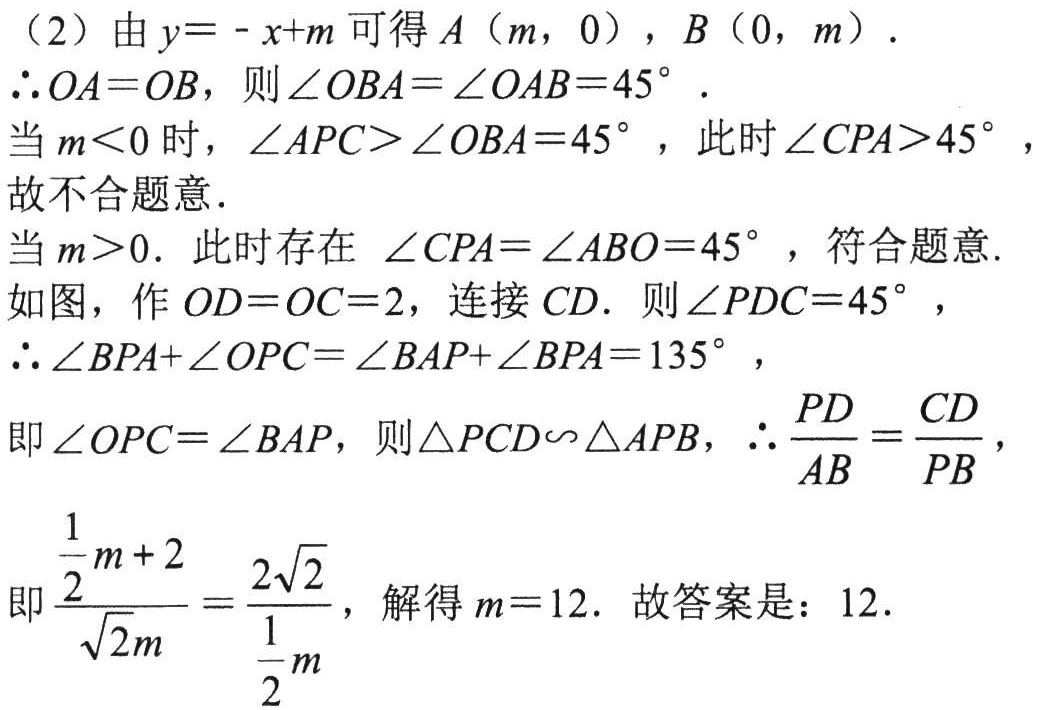
（2）由\(y = -x + m\)可得\(A(m,0)\)，\(B(0,m)\)．

\(\therefore OA = OB\)，则\(\angle OBA=\angle OAB = 45^{\circ}\)．

当\(m < 0\)时，\(\angle APC>\angle OBA = 45^{\circ}\)，此时\(\angle CPA>45^{\circ}\)，故不合题意．

当\(m > 0\)．此时存在 \(\angle CPA=\angle ABO = 45^{\circ}\)，符合题意.

如图，作\(OD = OC = 2\)，连接\(CD\)．则\(\angle PDC = 45^{\circ}\)，

\(\therefore \angle BPA+\angle OPC=\angle BAP+\angle BPA = 135^{\circ}\)，

即\(\angle OPC=\angle BAP\)，则\(\triangle PCD\sim\triangle APB\)，\(\therefore \frac{PD}{AB}=\frac{CD}{PB}\)，

即\(\frac{\frac{1}{2}m + 2}{\sqrt{2}m}=\frac{2\sqrt{2}}{\frac{1}{2}m}\)，解得\(m = 12\)．故答案是：\(12\)．